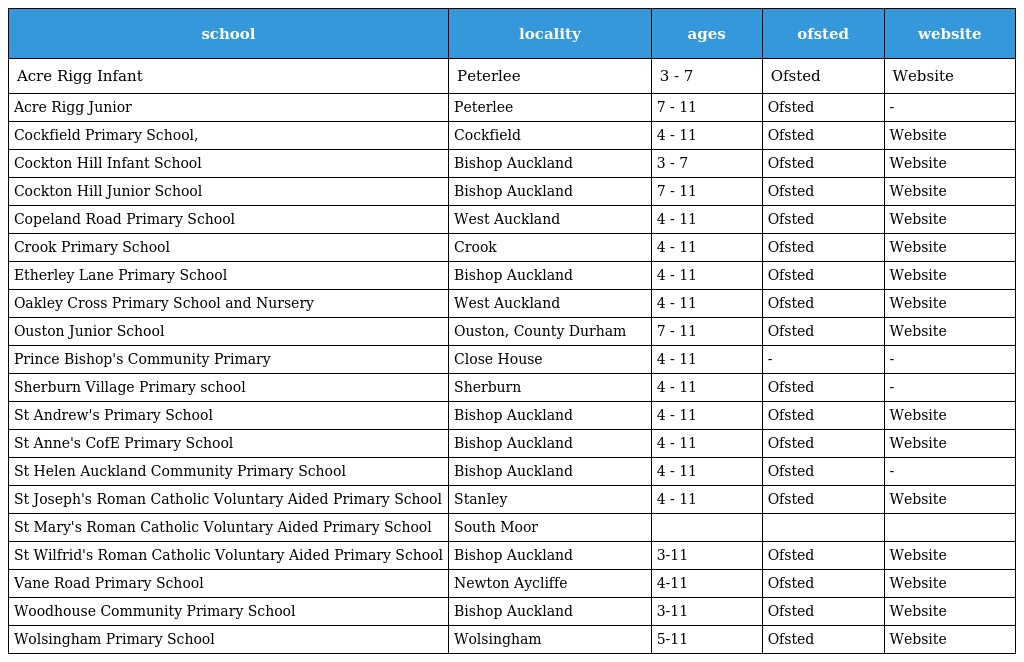
| school | locality | ages | ofsted | website |
 | --- | --- | --- | --- | --- |
 | Acre Rigg Infant | Peterlee | 3 - 7 | Ofsted | Website |
 | Acre Rigg Junior | Peterlee | 7 - 11 | Ofsted | - |
 | Cockfield Primary School, | Cockfield | 4 - 11 | Ofsted | Website |
 | Cockton Hill Infant School | Bishop Auckland | 3 - 7 | Ofsted | Website |
 | Cockton Hill Junior School | Bishop Auckland | 7 - 11 | Ofsted | Website |
 | Copeland Road Primary School | West Auckland | 4 - 11 | Ofsted | Website |
 | Crook Primary School | Crook | 4 - 11 | Ofsted | Website |
 | Etherley Lane Primary School | Bishop Auckland | 4 - 11 | Ofsted | Website |
 | Oakley Cross Primary School and Nursery | West Auckland | 4 - 11 | Ofsted | Website |
 | Ouston Junior School | Ouston, County Durham | 7 - 11 | Ofsted | Website |
 | Prince Bishop's Community Primary | Close House | 4 - 11 | - | - |
 | Sherburn Village Primary school | Sherburn | 4 - 11 | Ofsted | - |
 | St Andrew's Primary School | Bishop Auckland | 4 - 11 | Ofsted | Website |
 | St Anne's CofE Primary School | Bishop Auckland | 4 - 11 | Ofsted | Website |
 | St Helen Auckland Community Primary School | Bishop Auckland | 4 - 11 | Ofsted | - |
 | St Joseph's Roman Catholic Voluntary Aided Primary School | Stanley | 4 - 11 | Ofsted | Website |
 | St Mary's Roman Catholic Voluntary Aided Primary School | South Moor |  |  |  |
 | St Wilfrid's Roman Catholic Voluntary Aided Primary School | Bishop Auckland | 3-11 | Ofsted | Website |
 | Vane Road Primary School | Newton Aycliffe | 4-11 | Ofsted | Website |
 | Woodhouse Community Primary School | Bishop Auckland | 3-11 | Ofsted | Website |
 | Wolsingham Primary School | Wolsingham | 5-11 | Ofsted | Website |